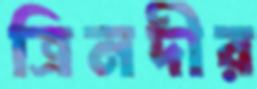
ত্রিনদীর